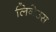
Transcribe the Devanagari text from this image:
लिनेउस